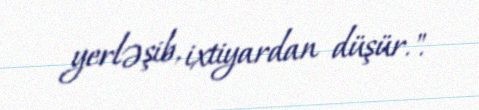
yerləşib, ixtiyardan düşür.".